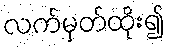
လက်မှတ်ထိုး၍